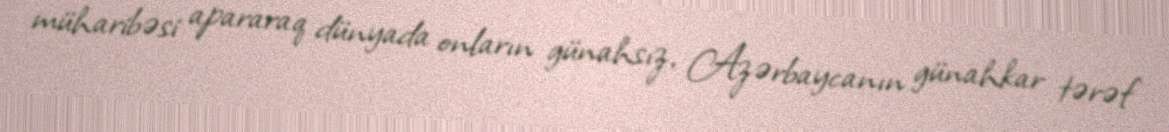
müharibəsi apararaq dünyada onların günahsız, Azərbaycanın günahkar tərəf